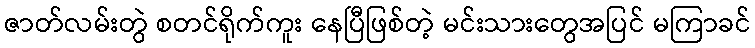
ဇာတ်လမ်းတွဲ စတင်ရိုက်ကူး နေပြီဖြစ်တဲ့ မင်းသားတွေအပြင် မကြာခင်